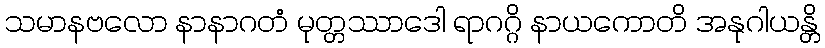
သမာနဗလော နာနာဂတံ မုတ္တဿာဒေါ ရာဂဂ္ဂိ နာယကောတိ အနုဂါယန္တိ